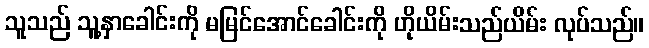
သူသည် သူ့နှာခေါင်းကို မမြင်အောင်ခေါင်းကို ဟိုယိမ်းသည်ယိမ်း လုပ်သည်။